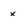
Character: x